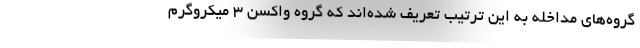
گروه‌های مداخله به این ترتیب تعریف شده‌اند که گروه واکسن ۳ میکروگرم